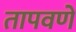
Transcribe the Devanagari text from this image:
तापवणे